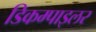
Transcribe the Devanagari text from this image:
डिकम्पाइलर